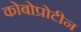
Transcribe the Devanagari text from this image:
कोबोप्रोटीन